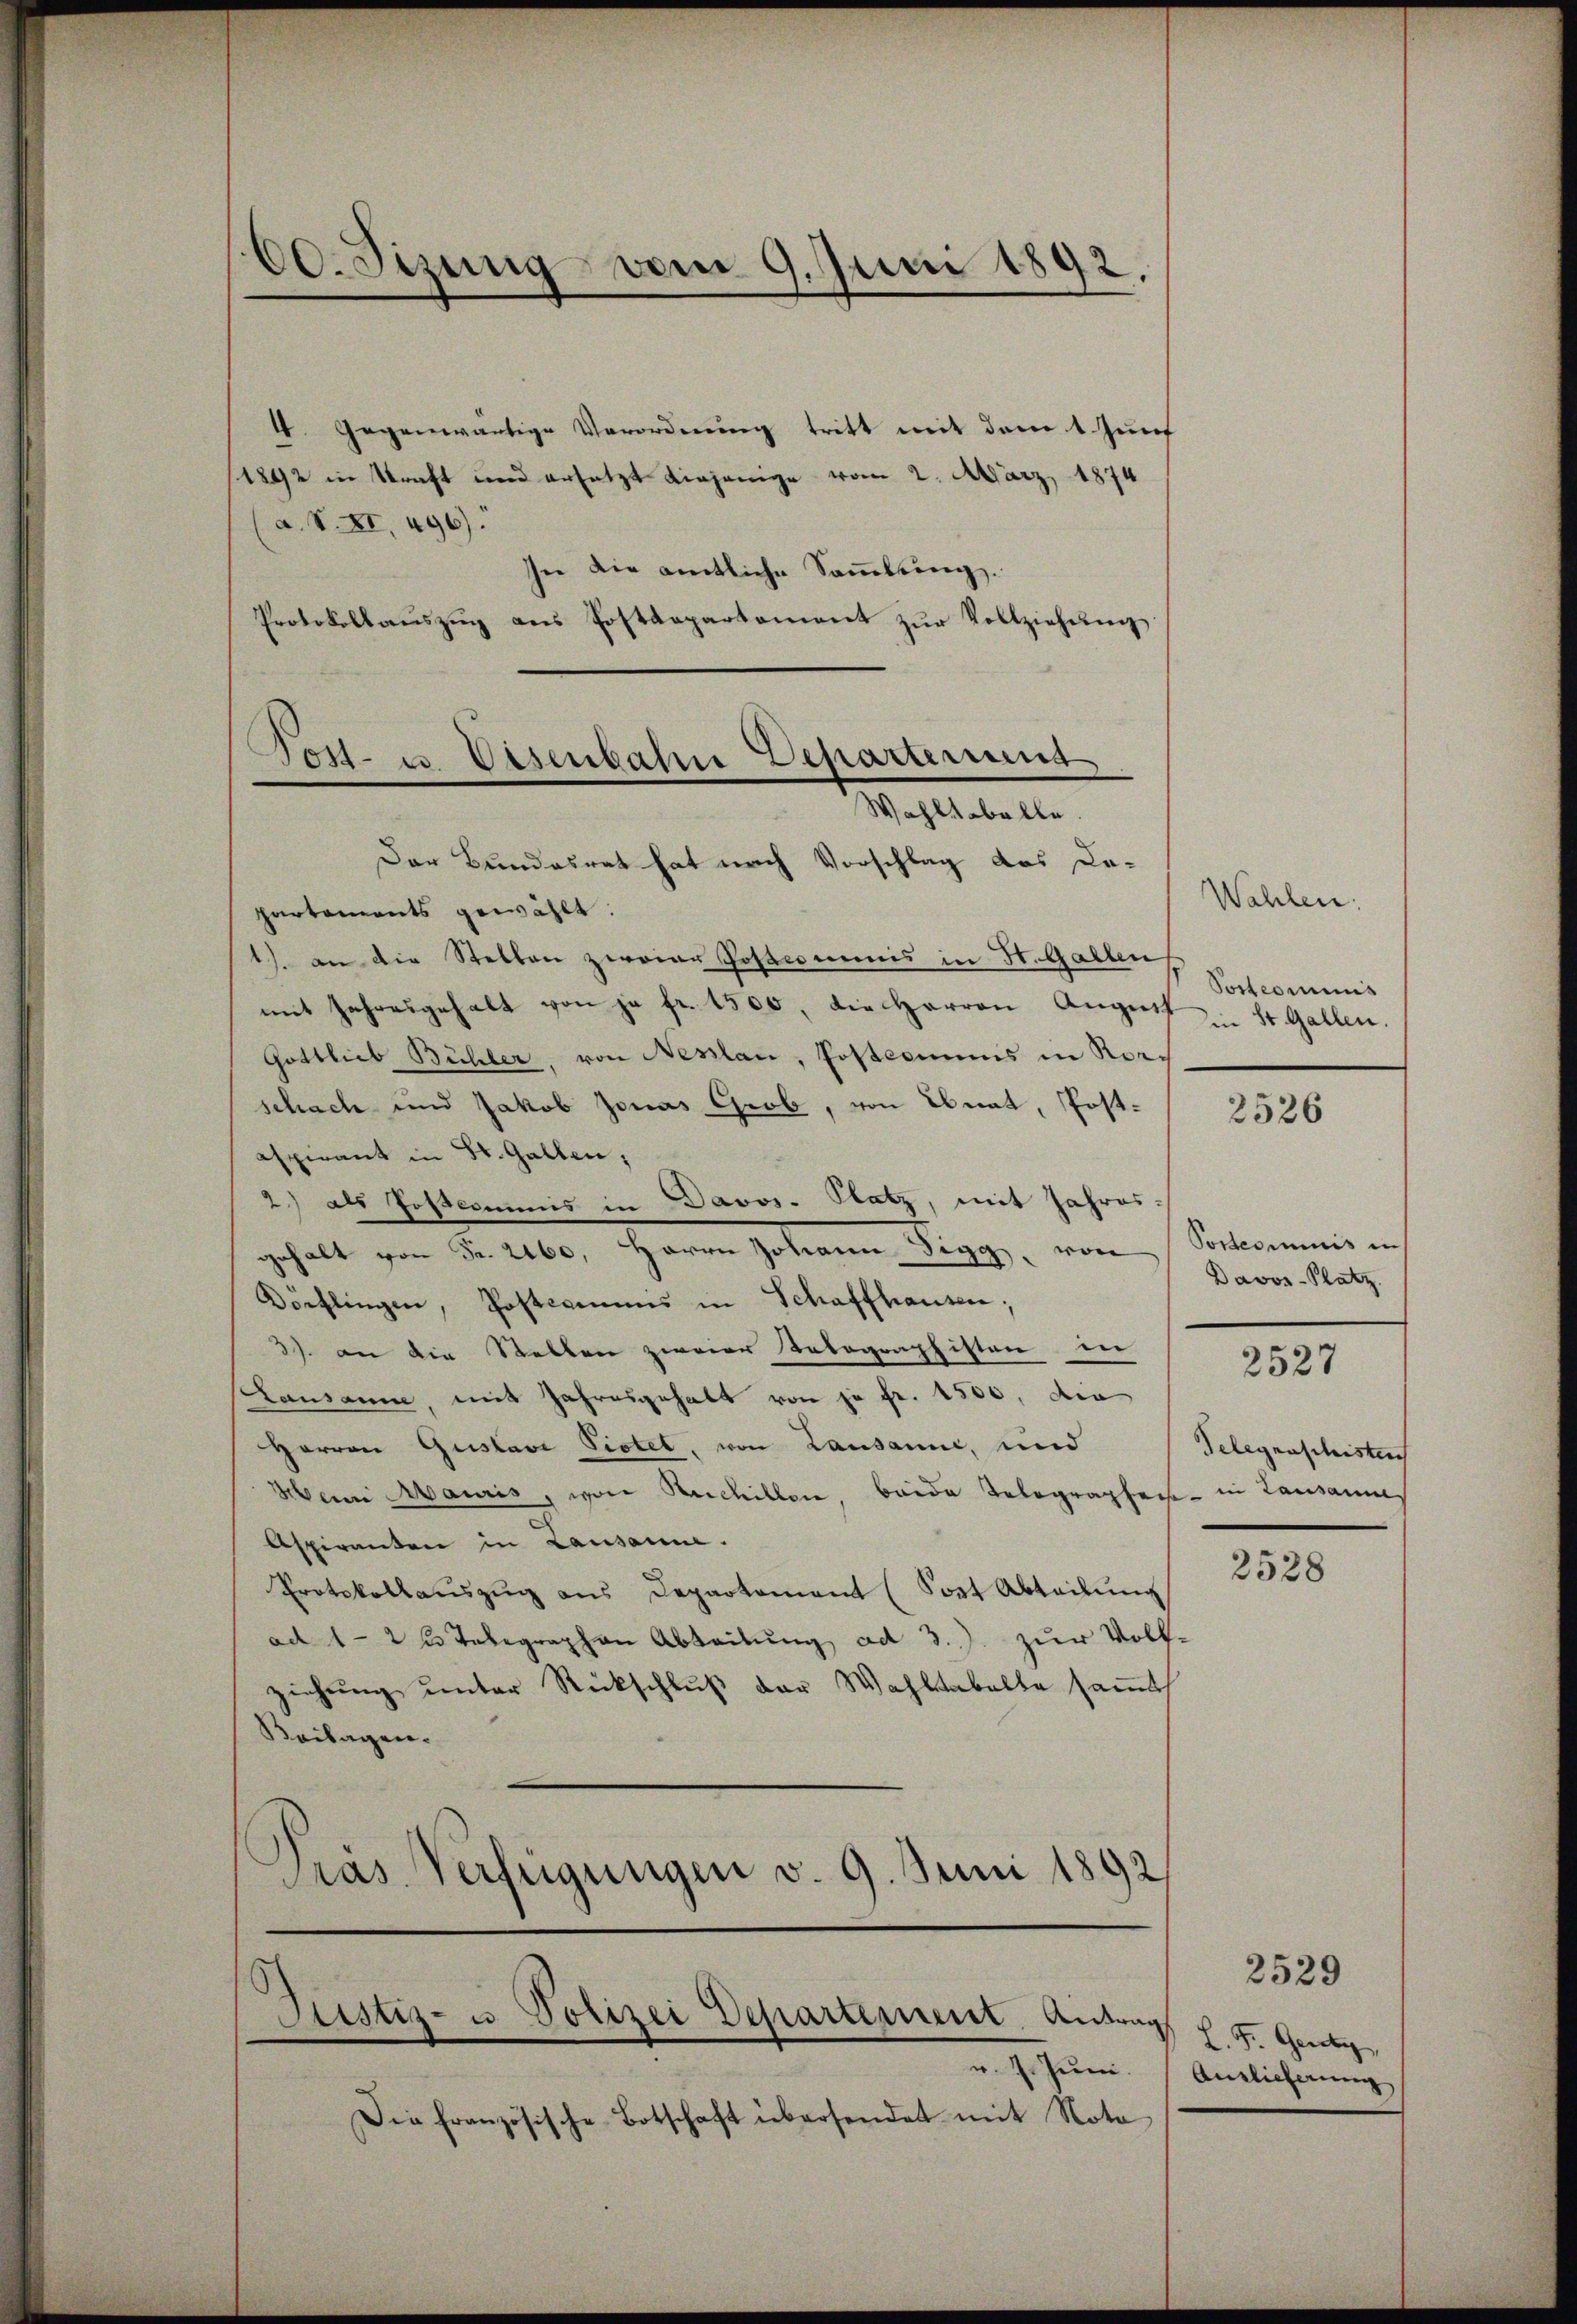
60. Sizung vom 9. Juni 1892.
d

4. Gegenwärtige Verordnung tritt mit dem 1. Zunf
(1892 in Straft und ersetzt diejenige vom 2. März 1874
a. S. XI. 496).
In die amtliche Sammlung.
Protokollauszug aus Postdepartement zŭr Vollziehung

Post- u Visenbahn Departement
Wahltabelle.

Der Bundesrat hat nach Vorschlag das De-
partements gewählt.
1) an die Stellen zweier Postcommnis in St. Gallen
mit Jahresgehalt von ja fr. 1500, die Herren August u St. Gallen.
Gottlieb Bühler, von Neslau, Posteriums in Rorch
schach und Jakob Jonas Grob, von Ebnat, Postaspirant in St. Gallen;
2) als Postcommis in Davos. Satz, mit Jahres-
gehalt von Fr. 2160. Herrn Johann Sigg, von
Dörflingen, Postamens in Schaffhausen,
3) an die Stellen zweier Tobographisten in
Lausanne, mit Jahresgehalt von je Fr. 1500, die
Herren Gustavi Pistet, von Lausanne, und
Mein Mauris, von Rechillen, beide Telegraphen in Lausannes
Aspiranten in Lausanne.
Protokollaŭszŭg ans Departement (Post Abteilŭng
ad 1-2 ½ Telegraphen Abteilung ad 3.) zur Vollziehung unter Rückschluß der Wahltabelte samth
Beilagen.
Präs. Verfügungen v. 9. Juni 1892

Justiz- u Polizei Departement. Anton

v. 7. Juni.
Die französische Botschaft übersendet mit Nota

Wahlen.
Postcommis

2526

Postcommis in
Davos- Platz.

2527

Telegenschisten

2528

2529
V. L. F. Gesetz
Antlicherung